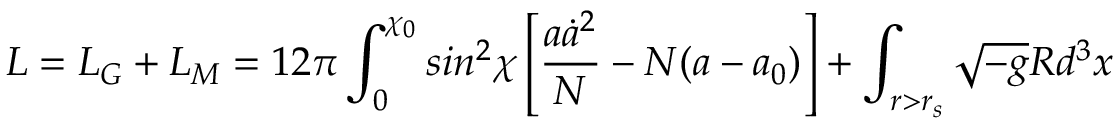
L = L _ { G } + L _ { M } = 1 2 \pi \int _ { 0 } ^ { \chi _ { 0 } } s i n ^ { 2 } \chi \left[ \frac { a \dot { a } ^ { 2 } } { N } - N ( a - a _ { 0 } ) \right] + \int _ { r > r _ { s } } \sqrt { - g } R d ^ { 3 } x